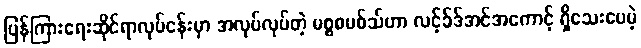
ပြန်ကြားရေးဆိုင်ရာလုပ်ငန်းမှာ အလုပ်လုပ်တဲ့ မစ္စစမစ်သ်ဟာ လင့်ခ်ဒ်အင်အကောင့် ရှိသေးပေမဲ့